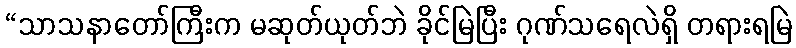
“သာသနာတော်ကြီးက မဆုတ်ယုတ်ဘဲ ခိုင်မြဲပြီး ဂုဏ်သရေလဲရှိ တရားရမြဲ